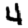
Digit: 4